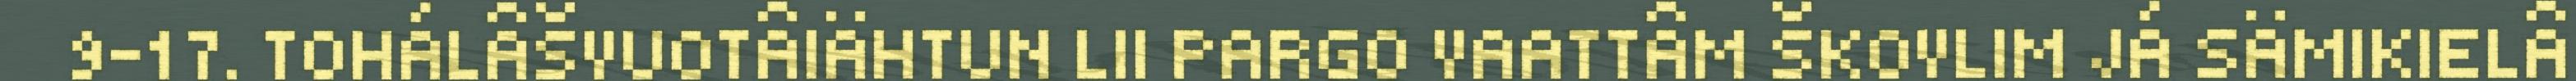
9-17. TOHÁLÂŠVUOTÂIÄHTUN LII PARGO VAATTÂM ŠKOVLIM JÁ SÄMIKIELÂ